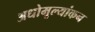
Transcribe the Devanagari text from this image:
अधोमूल्यांकन